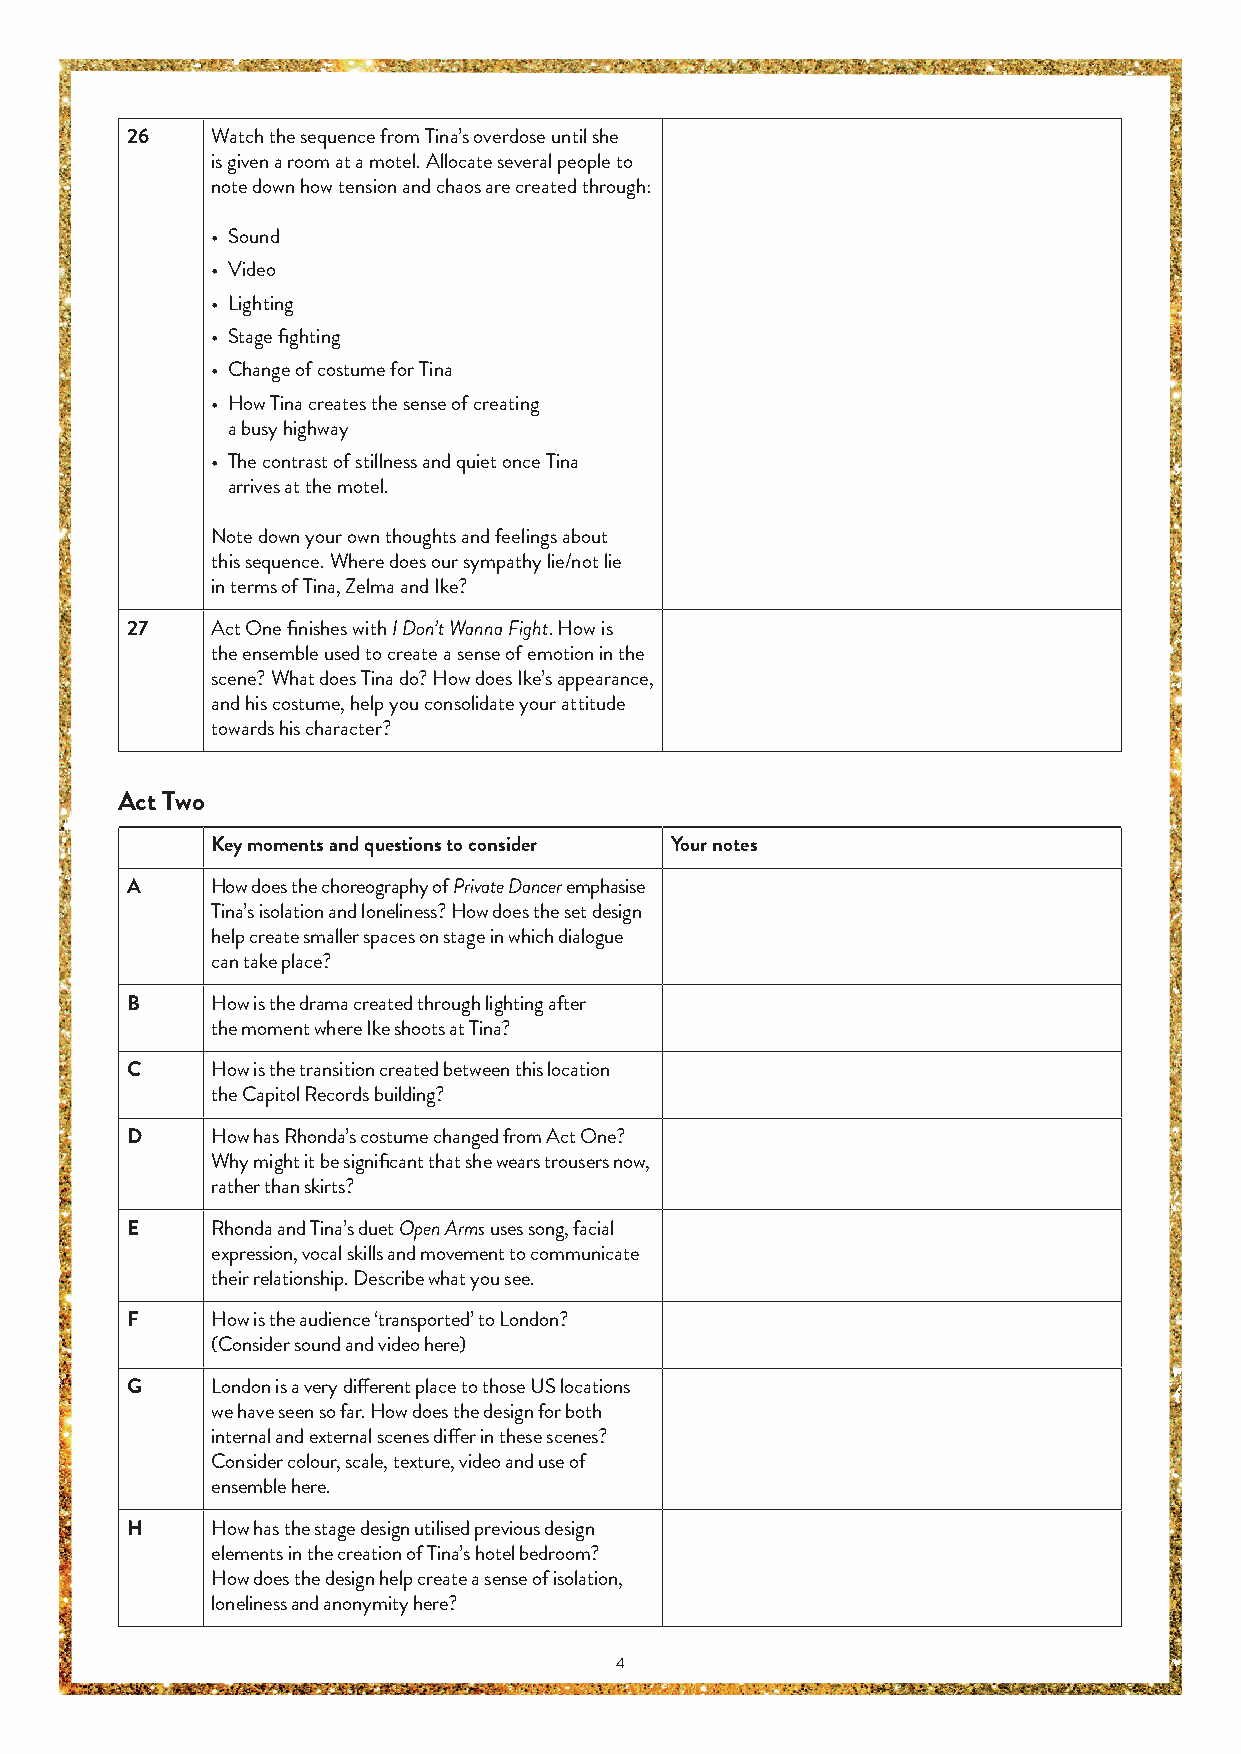
26    Watch the sequence from Tina’s overdose until she
 is given a room at a motel. Allocate several people to
 note down how tension and chaos are created through:
 • Sound
 • Video
 • Lighting
 • Stage fi ghting
 • Change of costume for Tina
 • How Tina creates the sense of creating
 a busy highway
 • The contrast of stillness and quiet once Tina
 arrives at the motel.
 Note down your own thoughts and feelings about
 this sequence. Where does our sympathy lie/not lie
 in terms of Tina, Zelma and Ike?
 27    Act One fi nishes with I Don’t Wanna Fight. How is
 the ensemble used to create a sense of emotion in the
 scene? What does Tina do? How does Ike’s appearance,
 and his costume, help you consolidate your attitude
 towards his character?
 Act Two
 Key moments and questions to consider Your notes
 A     How does the choreography of Private Dancer emphasise
 Tina’s isolation and loneliness? How does the set design
 help create smaller spaces on stage in which dialogue
 can take place?
 B     How is the drama created through lighting after
 the moment where Ike shoots at Tina?
 C     How is the transition created between this location
 the Capitol Records building?
 D     How has Rhonda’s costume changed from Act One?
 Why might it be signifi cant that she wears trousers now,
 rather than skirts?
 E     Rhonda and Tina’s duet Open Arms uses song, facial
 expression, vocal skills and movement to communicate
 their relationship. Describe what you see.
 F     How is the audience ‘transported’ to London?
 (Consider sound and video here)
 G     London is a very diff erent place to those US locations
 we have seen so far. How does the design for both
 internal and external scenes diff er in these scenes?
 Consider colour, scale, texture, video and use of
 ensemble here.
 H     How has the stage design utilised previous design
 elements in the creation of Tina’s hotel bedroom?
 How does the design help create a sense of isolation,
 loneliness and anonymity here?
 4